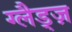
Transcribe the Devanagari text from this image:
ग्लैड्ज़